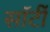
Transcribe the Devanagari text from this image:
साॅर्टी